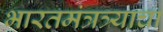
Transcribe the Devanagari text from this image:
भारतमंत्रत्र्याचा